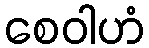
စေဝါဟံ